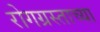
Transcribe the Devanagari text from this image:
रोगग्रस्ताच्या